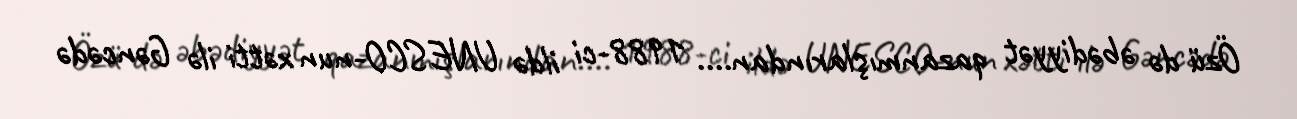
Özü də əbədiyyət qazanmışlarından.... 1988-ci ildə UNESCO-nun xətti ilə Gəncədə